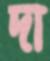
দা